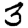
Digit: 3